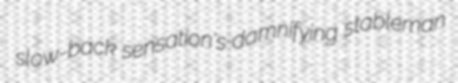
slow-back sensation's damnifying stableman